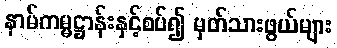
နာမ်ကမ္မဋ္ဌာန်းနှင့်စပ်၍ မှတ်သားဖွယ်များ